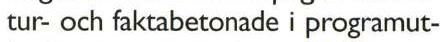
tur- och faktabetonade i programut-